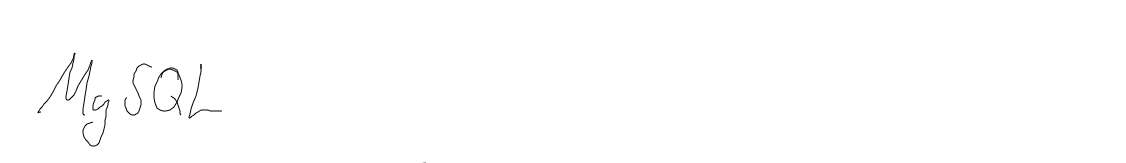
MySQL